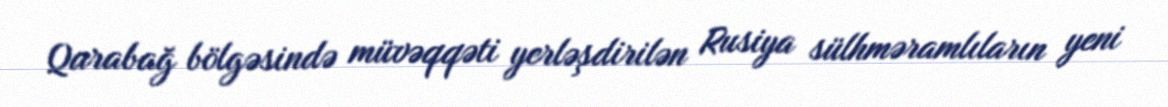
Qarabağ bölgəsində müvəqqəti yerləşdirilən Rusiya sülhməramlıların yeni